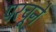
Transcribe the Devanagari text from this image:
परचूने